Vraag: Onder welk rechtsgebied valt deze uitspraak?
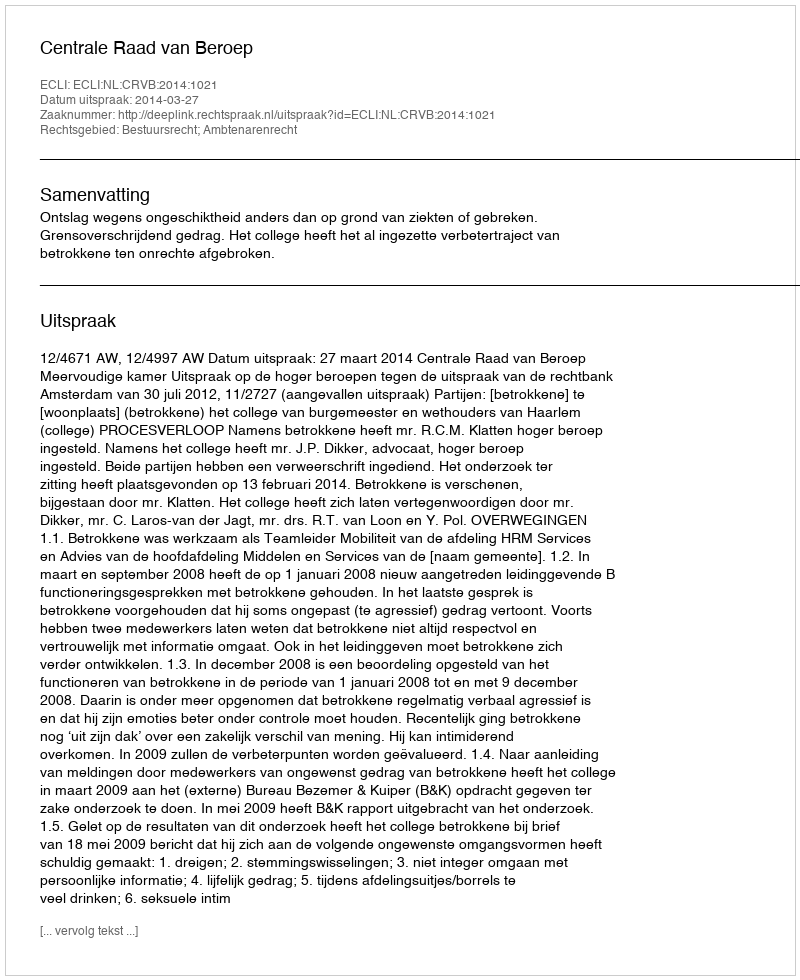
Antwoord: Bestuursrecht; Ambtenarenrecht